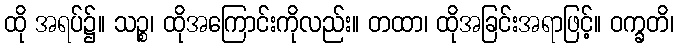
ထို အရပ်၌။ သဉ္စ၊ ထိုအကြောင်းကိုလည်း။ တထာ၊ ထိုအခြင်းအရာဖြင့်။ ဝက္ခတိ၊